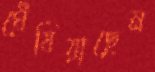
ঘেঁষিয়াছেন